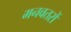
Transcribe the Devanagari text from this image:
मनवतरों